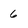
Character: 6